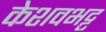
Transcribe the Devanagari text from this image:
केशवभट्ट